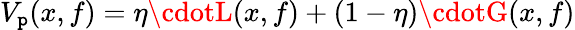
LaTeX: V_{\mathtt{p}}(x,f)=\eta\cdotL(x,f)+(1-\eta)\cdotG(x,f)